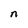
Character: n